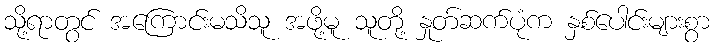
သို့ရာတွင် အကြောင်းမသိသူ အဖို့မူ သူတို့ နှုတ်ဆက်ပုံက နှစ်ပေါင်းများစွာ